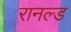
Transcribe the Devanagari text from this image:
रानल्ड